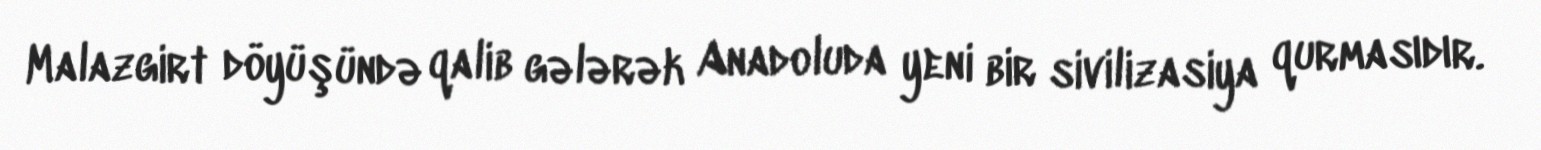
Malazgirt döyüşündə qalib gələrək Anadoluda yeni bir sivilizasiya qurmasıdır.